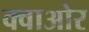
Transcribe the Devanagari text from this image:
क्वाओर